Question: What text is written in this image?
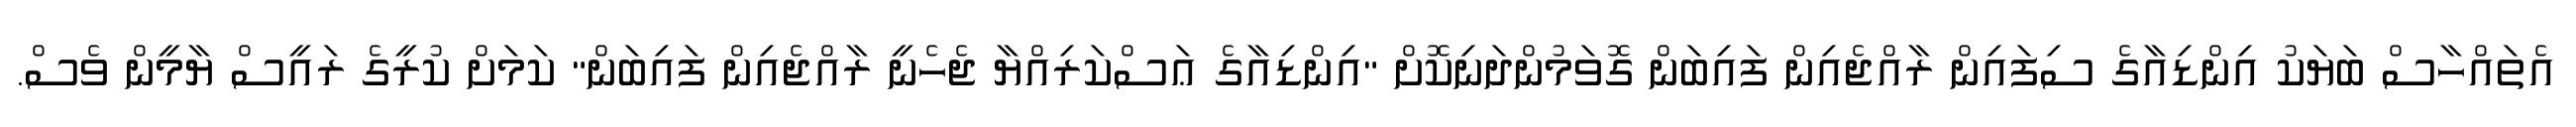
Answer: އެތައްހާސް ބަޔަކު އިންޑިއާގެ ސިފައިން ރާއްޖެއިން ފައިބަން ގޮވަމުންދަނިކޮށް "އިންޑިއާގެ ޢަސްކަރިއްޔާ ޖެހެނީ ރާއްޖެއިން ފައިބަން" ކަމަށް ކުރީގެ ރައީސް ޔާމީން ވެސް.